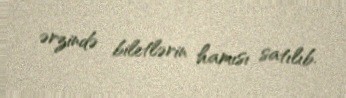
ərzində biletlərin hamısı satılıb.